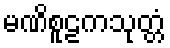
မဏိစူဠကသုတ္တံ